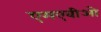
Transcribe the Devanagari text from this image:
एमएवीओ